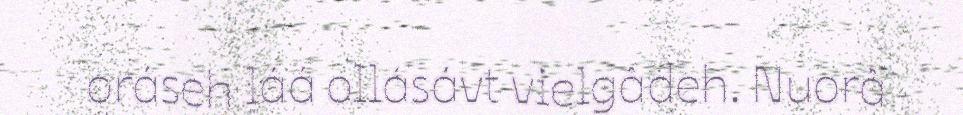
oráseh láá ollásávt vielgâdeh. Nuorâ